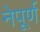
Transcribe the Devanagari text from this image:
नेपूर्ण